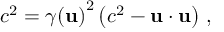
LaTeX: c ^ { 2 } = { \gamma ( \mathbf { u } ) } ^ { 2 } \left( c ^ { 2 } - \mathbf { u } \cdot \mathbf { u } \right) \, ,